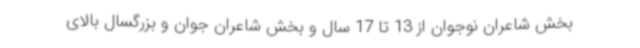
بخش شاعران نوجوان از 13 تا 17 سال و بخش شاعران جوان و بزرگسال بالای